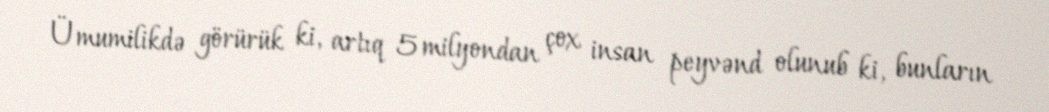
Ümumilikdə görürük ki, artıq 5 milyondan çox insan peyvənd olunub ki, bunların